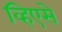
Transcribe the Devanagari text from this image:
व्हिएसे